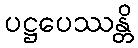
ပဋ္ဌပေဿန္တိ